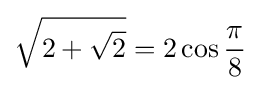
{\sqrt {2+{\sqrt {2}}}}=2\cos {\frac {\pi }{8}}